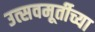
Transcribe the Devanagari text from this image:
उत्सवमूर्तीच्या